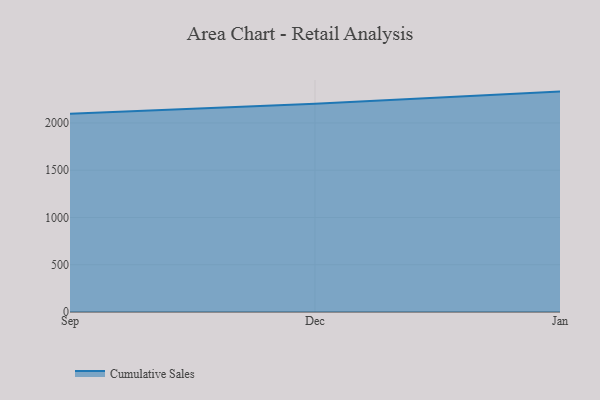
{"axis": {"x": "Month", "y": "Gross Profit (USD K)"}, "legend": ["Cumulative Sales"], "data": [{"x": "Sep", "y": 2098.5, "type": "Cumulative Sales"}, {"x": "Dec", "y": 2202.7, "type": "Cumulative Sales"}, {"x": "Jan", "y": 2331.7, "type": "Cumulative Sales"}]}